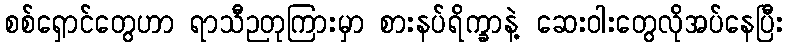
စစ်ရှောင်တွေဟာ ရာသီဉတုကြားမှာ စားနပ်ရိက္ခာနဲ့ ဆေးဝါးတွေလိုအပ်နေပြီး